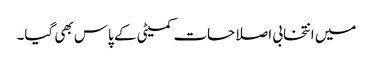
میں انتخابی اصلاحات کمیٹی کے پاس بھی گیا۔